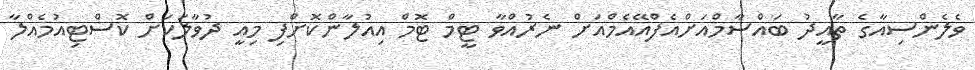
ވެލެންސިއާގެ ތާއީދު ބައްސާމްއަށްއެފްއޭއެމްއަށް ނެރުއްވާ ޓީމް ޓޮމް އިއުލާންކޮށްފި މިއީ ދުވާލަކަށް ކޮސްޓިއުމެއްލާ